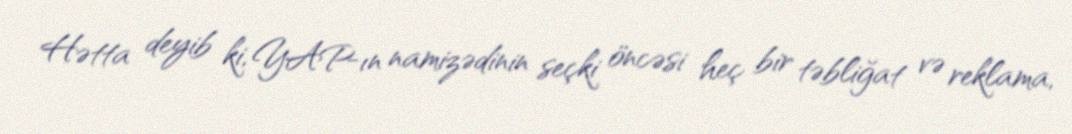
Hətta deyib ki, YAP-ın namizədinin seçki öncəsi heç bir təbliğat və reklama,